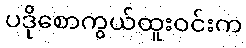
ပဒိုစောကွယ်ထူးဝင်းက